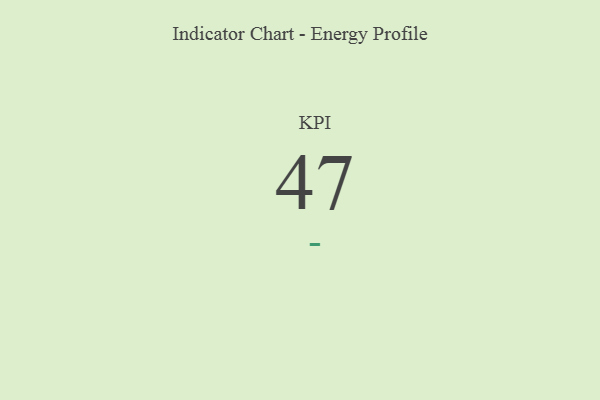
{"axis": {"x": "KPI", "y": "Value"}, "legend": [""], "data": [{"x": "KPI", "y": 47, "type": ""}]}